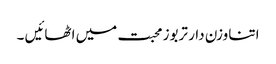
اتنا وزن دار تربوز محبت میں اٹھائیں ۔